Leaving Certificate Examination, 1914
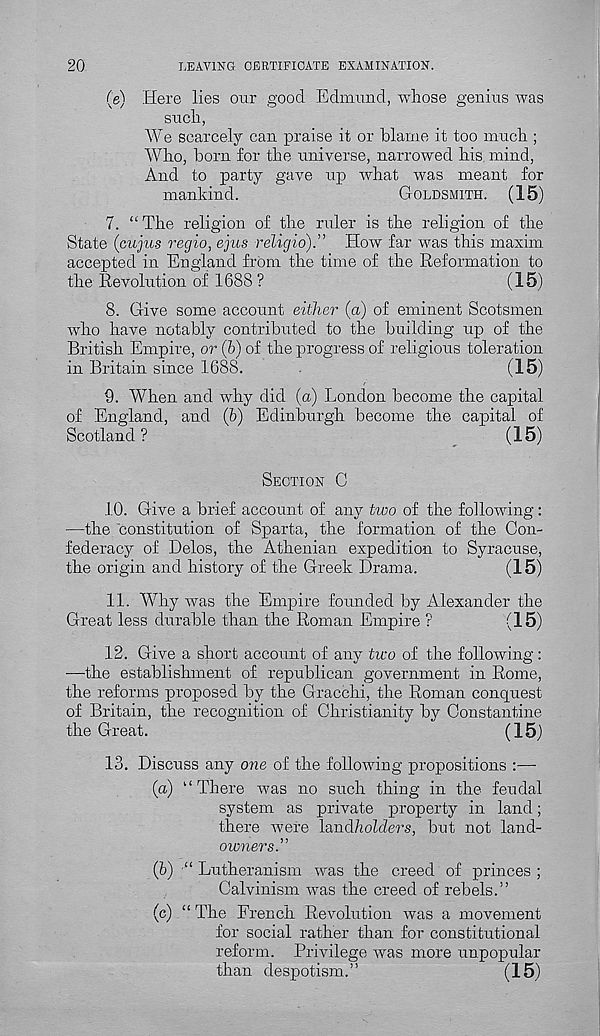
20
LEAVING CERTIFICATE EXAMINATION.
(e) Here lies our good Edmund, whose genius was
such,
We scarcely can praise it or blame it too much ;
Who, born for the universe, narrowed his mind,
And to party gave up what was meant for
mankind.
GOLDSMITH.
(15)
7. “ The religion of the ruler is the religion of the
State (cujus regio, ejus religio).” How far was this maxim
accepted in England from the time of the Reformation to
the Revolution of 1688 ?
(15)
8. Give some account either (a) of eminent Scotsmen
who have notably contributed to the building up of the
British Empire, or (b) of the progress of religious toleration
in Britain since 1688.
(15)
9. When and why did (a) London become the capital
of England, and (6) Edinburgh become the capital of
Scotland?
(15)
SECTION C
10. Give a brief account of any two of the following:
—the constitution of Sparta, the formation of the Con-
federacy of Delos, the Athenian expedition to Syracuse,
the origin and history of the Greek Drama.
(15)
11. Why was the Empire founded by Alexander the
Great less durable than the Roman Empire ?
(15)
12. Give a short account of any two of the following :
—the establishment of republican government in Rome,
the reforms proposed by the Gracchi, the Roman conquest
of Britain, the recognition of Christianity by Constantine
the Great.
(15)
13. Discuss any one of the following propositions :—•
(a) “There was no such thing in the feudal
system as private property in land;
there were lanAholders, but not land-
owners.”
(b) “Lutheranism was the creed of princes;
Calvinism was the creed of rebels.”
(c)
. “ The Fre
for social rather than for constitutional
reform. Privilege was more unpopular
than despotism.”
(15)